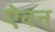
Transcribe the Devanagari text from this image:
ऐबन